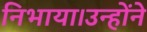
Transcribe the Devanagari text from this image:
निभाया।उन्होंने